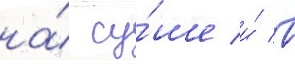
на́ су́ше и́ в